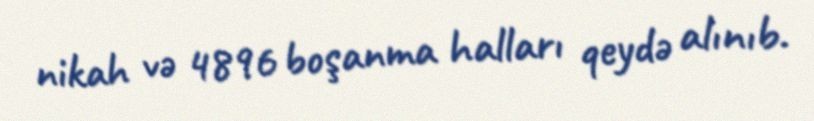
nikah və 4896 boşanma halları qeydə alınıb.